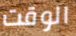
الوقت